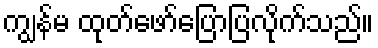
ကျွန်မ ထုတ်ဖော်ပြောပြလိုက်သည်။